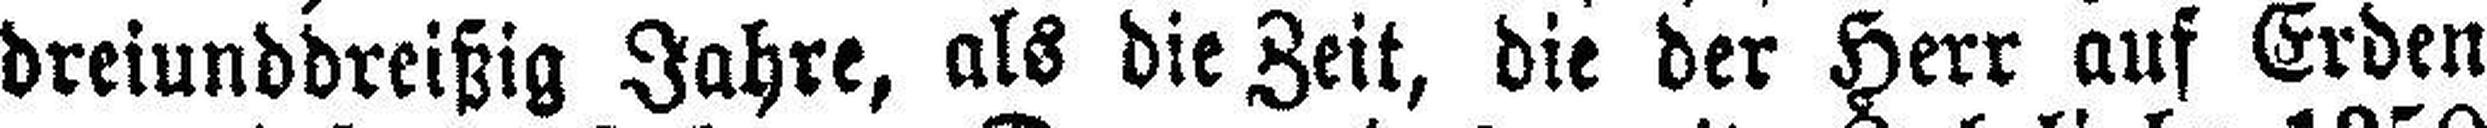
dreiunddreißig Jahre, als die Zeit, die der Herr auf Erden